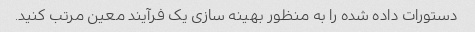
دستورات داده شده را به منظور بهینه سازی یک فرآیند معین مرتب کنید.